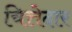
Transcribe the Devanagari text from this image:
चित्तेदार